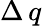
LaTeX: \Delta\, q